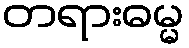
တရားဓမ္မ